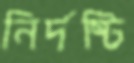
নির্দষ্টি